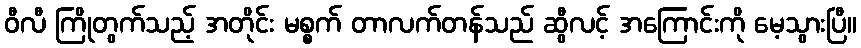
ဝီလီ ကြိုတွက်သည့် အတိုင်း မစ္စက် တာလက်တန်သည် ဆွီလင့် အကြောင်းကို မေ့သွားပြီ။